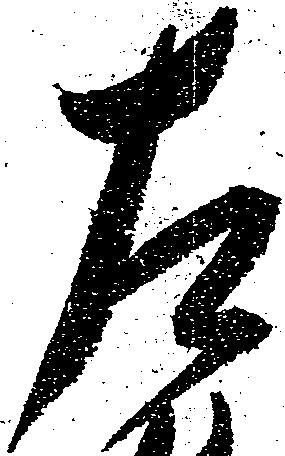
左